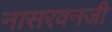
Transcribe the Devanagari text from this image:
नासरवनजी